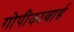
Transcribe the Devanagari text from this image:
गोपीकाबाई